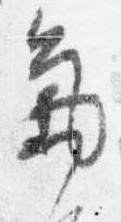
気